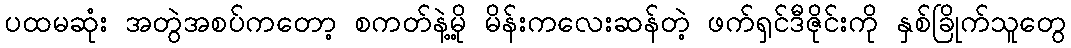
ပထမဆုံး အတွဲအစပ်ကတော့ စကတ်နဲ့မို့ မိန်းကလေးဆန်တဲ့ ဖက်ရှင်ဒီဇိုင်းကို နှစ်ခြိုက်သူတွေ